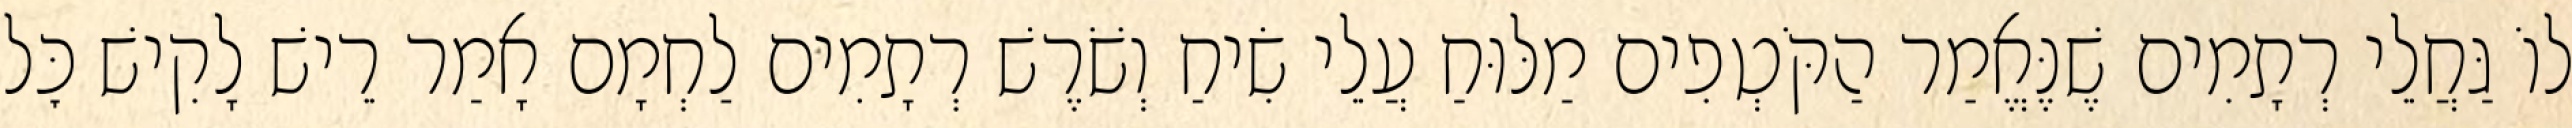
לוֹ גַּחֲלֵי רְתָמִים שֶׁנֶּאֱמַר הַקֹּטְפִים מַלּוּחַ עֲלֵי שִׂיחַ וְשֹׁרֶשׁ רְתָמִים לַחְמָם אָמַר רֵישׁ לָקִישׁ כׇּל